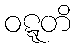
ဝဋ္ဋတိ